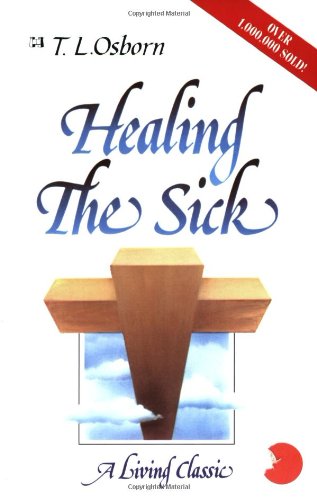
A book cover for Healing the Sick: A Living Classic; T. L. Osborn; Christian Books & Bibles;